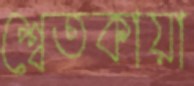
শ্বেতকায়া